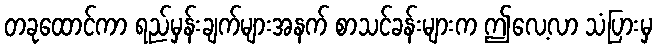
တခုထောင်ကာ ရည်မှန်းချက်များအနက် စာသင်ခန်းများက ဤလေ့လာ သံပြားမှ